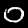
Digit: 0